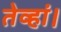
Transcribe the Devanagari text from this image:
तेव्हां।